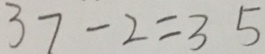
3 7 - 2 = 3 5